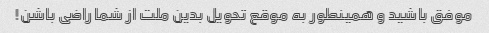
موفق باشید و همینطور به موقع تحویل بدین ملت از شما راضی باشن!